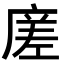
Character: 𭙭